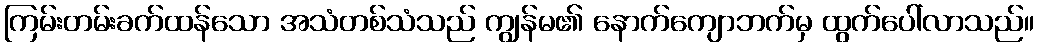
ကြမ်းတမ်းခက်ထန်သော အသံတစ်သံသည် ကျွန်မ၏ နောက်ကျောဘက်မှ ထွက်ပေါ်လာသည်။